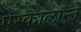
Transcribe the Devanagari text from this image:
एस्कालान्ते